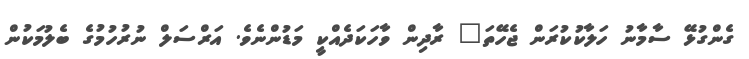
ގެންގުޅޭ ސާމާނު ހަލާކުކުރަން ޖެހޭތަ" ރާދިން ވާހަކަދެއްކީ މަޑުންނެވެ. އަރްސަލް ނުރުހުމުގެ ބެލުމަކުން